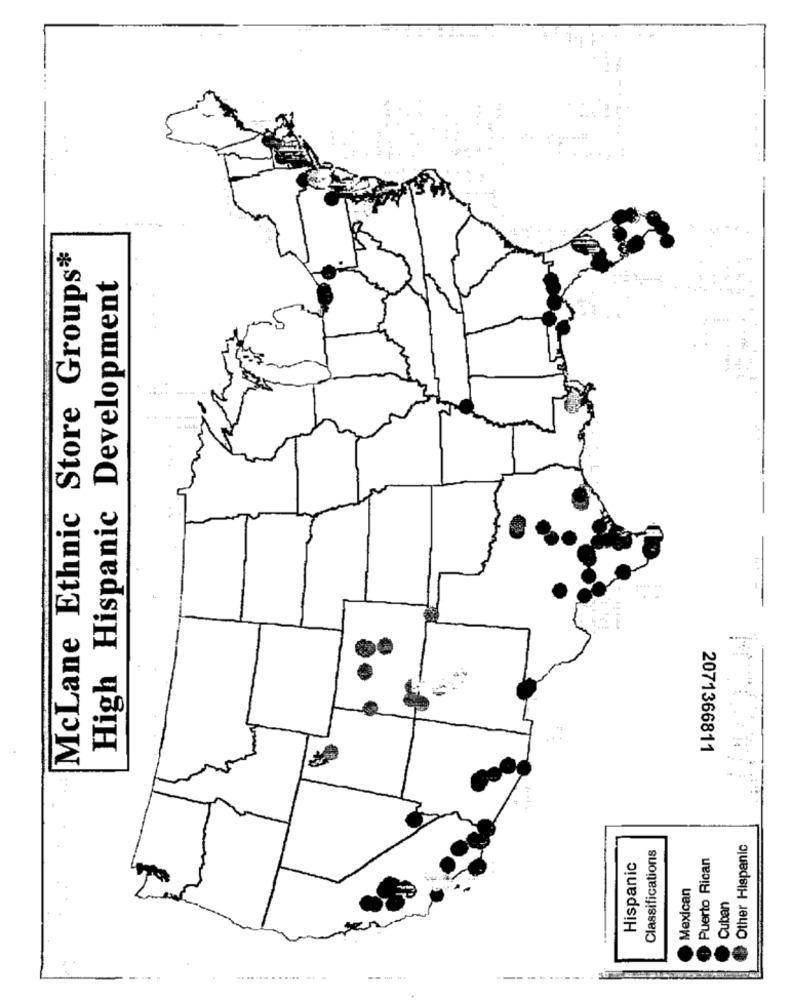
McLane Ethnic Store Groups*
High Hispanic Development
2071366811
Other Hispanic
Classifications
Puerto Rican
Hispanic
Mexican
Cuban